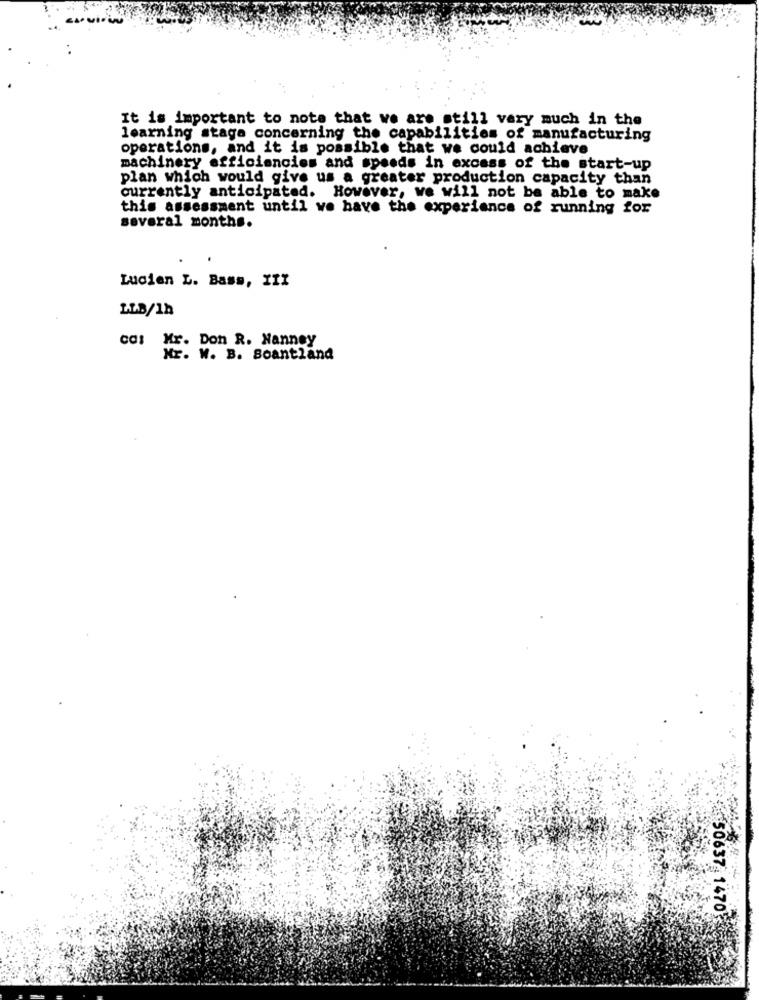
It is important to note that we are still very much in the
learning stage concerning the capabilities of manufacturing
operations, and it is possible that we could achieve
machinery efficiencies and speeds in excess of the start-up
plan which would give us a greater production capacity than
currently anticipated. However, we will not be able to make
this assessment until we have the experience of running for
several months.
Lucien L. Bass, III
LLB/1h
CC: Mr. Don R. Nanney
Mr. W. B. Soantland
50637 1470